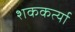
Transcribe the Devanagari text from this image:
शककर्त्या